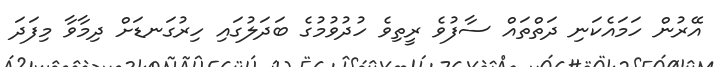
އޭރުން ހަމައެކަނި ދަތްތައް ސާފުވެ ރީތިވެ ހުދުވުމުގެ ބަދަލުގައި ހިރުގަނޑަށް ދިމާވާ މިފަދަ